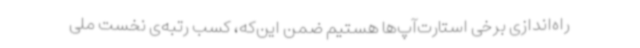
راه‌اندازی برخی استارت‌آپ‌ها هستیم ضمن این‌که، کسب رتبه‌ی نخست ملی